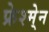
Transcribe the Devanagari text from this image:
फ्रेश्मे्न